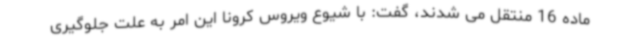
ماده 16 منتقل می شدند، گفت: با شیوع ویروس کرونا این امر به علت جلوگیری